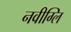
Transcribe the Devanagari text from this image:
नवीग्लि